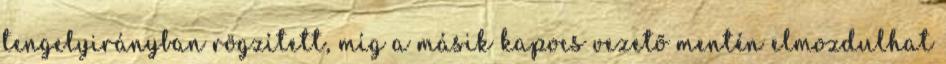
tengelyirányban rögzített, míg a másik kapocs vezetõ mentén elmozdulhat